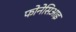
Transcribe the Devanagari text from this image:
फोनेसिआइ